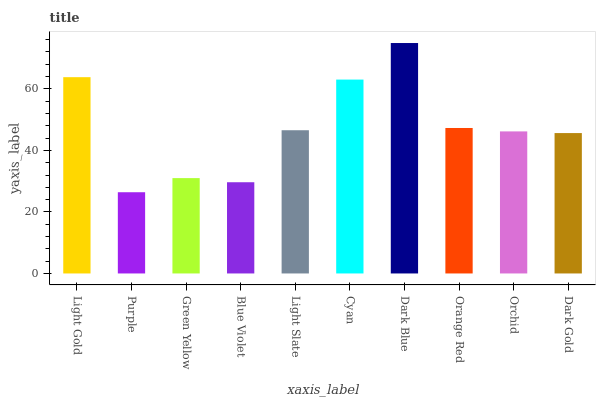
| xaxis_label | bars |
 | --- | --- |
 | Light Gold | 63.8 |
 | Purple | 26.4 |
 | Green Yellow | 31 |
 | Blue Violet | 29.7 |
 | Light Slate | 46.6 |
 | Cyan | 63 |
 | Dark Blue | 74.9 |
 | Orange Red | 47.3 |
 | Orchid | 46.2 |
 | Dark Gold | 45.6 |